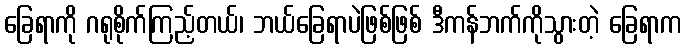
ခြေရာကို ဂရုစိုက်ကြည့်တယ်၊ ဘယ်ခြေရာပဲဖြစ်ဖြစ် ဒီကန်ဘက်ကိုသွားတဲ့ ခြေရာက